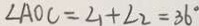
\angle A O C = \angle 1 + \angle 2 = 3 6 ^ { \circ }